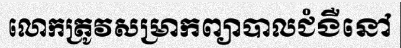
លោកត្រូវសម្រាកព្យាបាលជំងឺនៅ